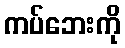
ကပ်ဘေးကို